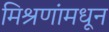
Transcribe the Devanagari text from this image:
मिश्रणांमधून